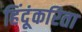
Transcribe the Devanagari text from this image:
हिंदूंकरिता